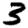
Digit: 3